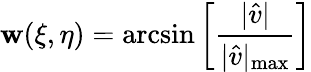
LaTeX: \mathbf{w}(\xi,\eta)=\arcsin{\left[\frac{{\lvert\hat{{v}}\rvert}}{{\lvert\hat{{v}}\rvert_{\operatorname*{max}}}}\right]}